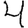
Digit: 4